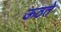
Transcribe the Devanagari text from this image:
ऊठते